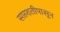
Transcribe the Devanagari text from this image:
सप्तशतीपासून